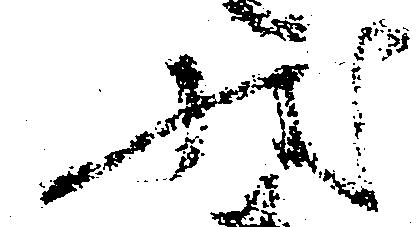
状